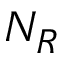
N _ { R }